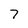
Character: 7